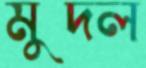
মুদল